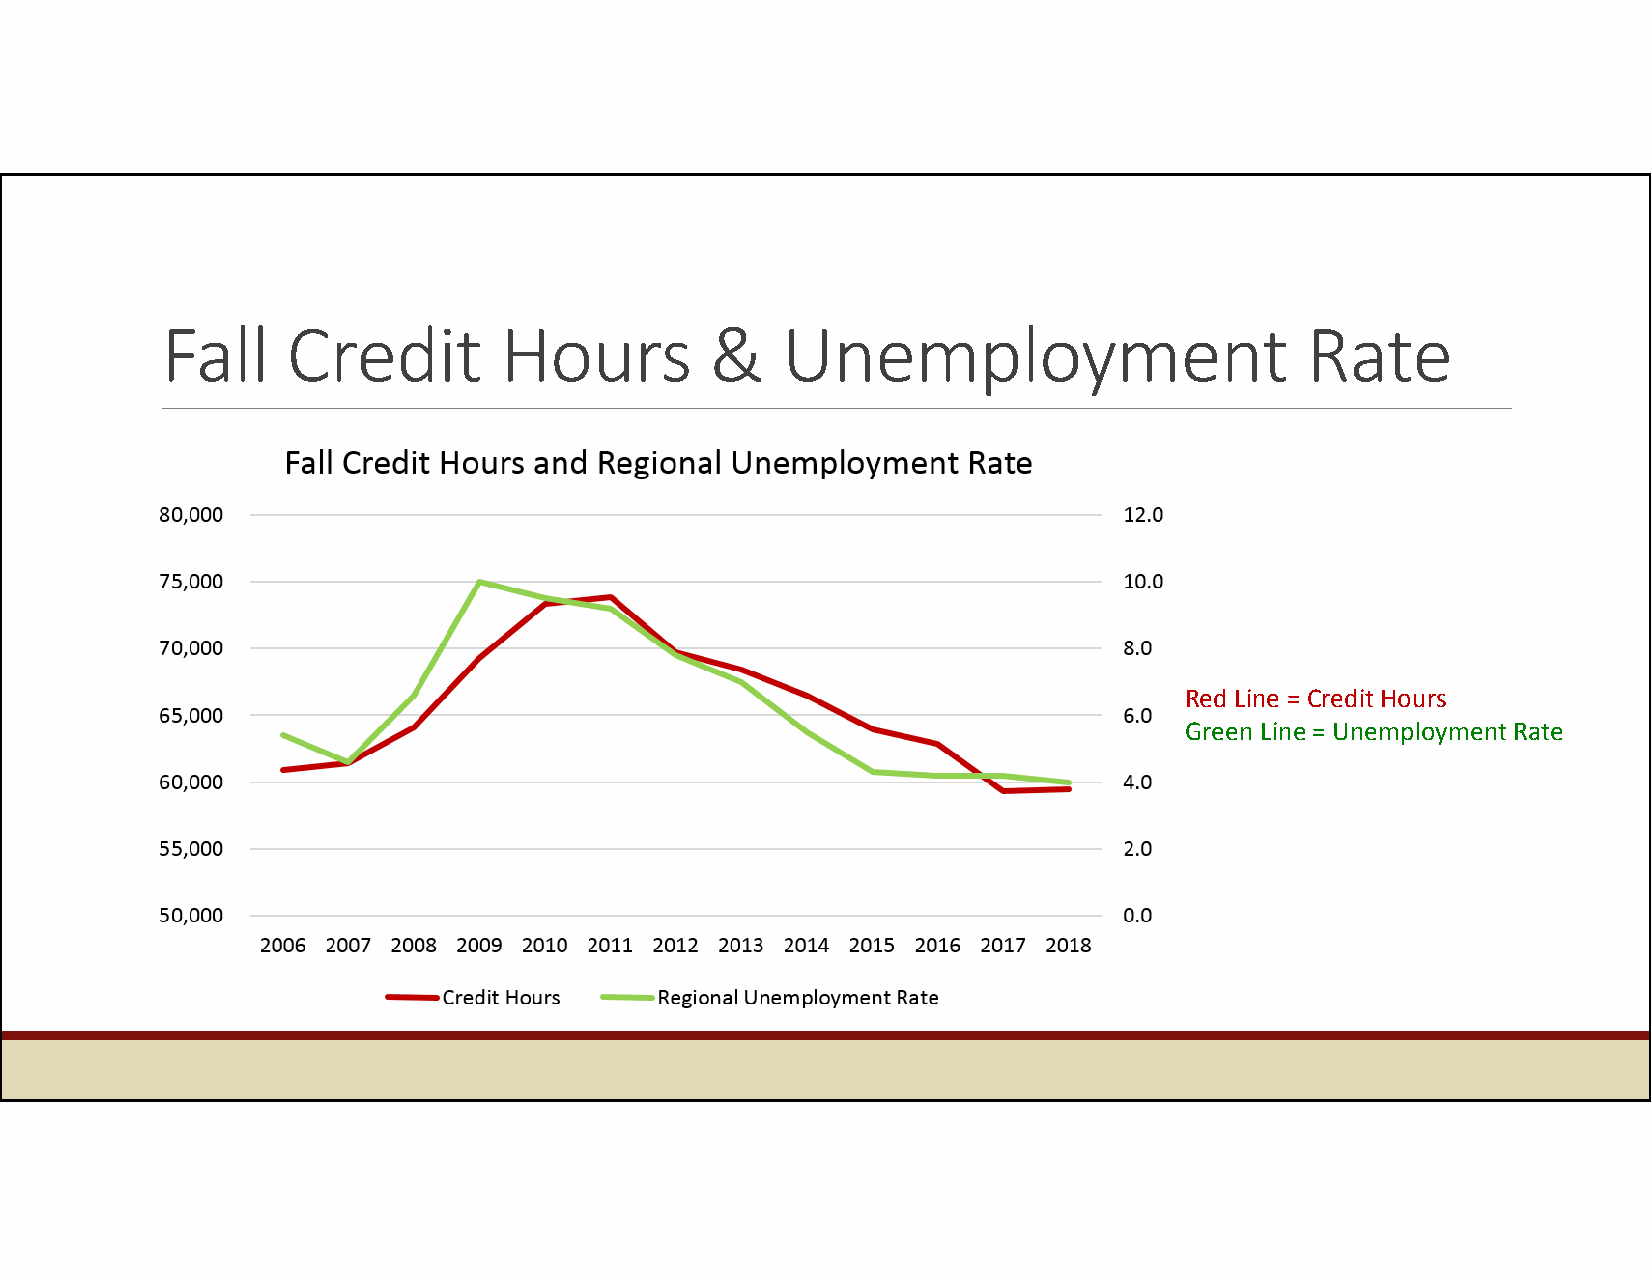
Fall    Credit        Hours         &    Unemployment                      Rate
 Red Line = Credit Hours
 Green Line = Unemployment Rate